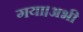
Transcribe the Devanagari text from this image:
गया।अभी